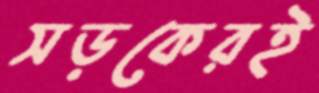
সড়কেরই